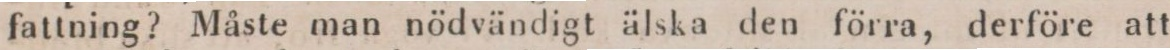
fattning? Måste man nödvändigt älska den förra, derföre att